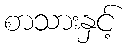
စာသားနှင့်